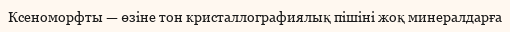
Ксеноморфты — өзіне тон кристаллографиялық пішіні жоқ минералдарға